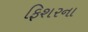
ફિશરના